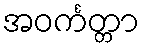
အဝင်္ကတ္တာ